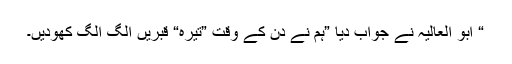
“ ابو العالیہ نے جواب دیا ”ہم نے دن کے وقت ”تیرہ“ قبریں الگ الگ کھودیں۔